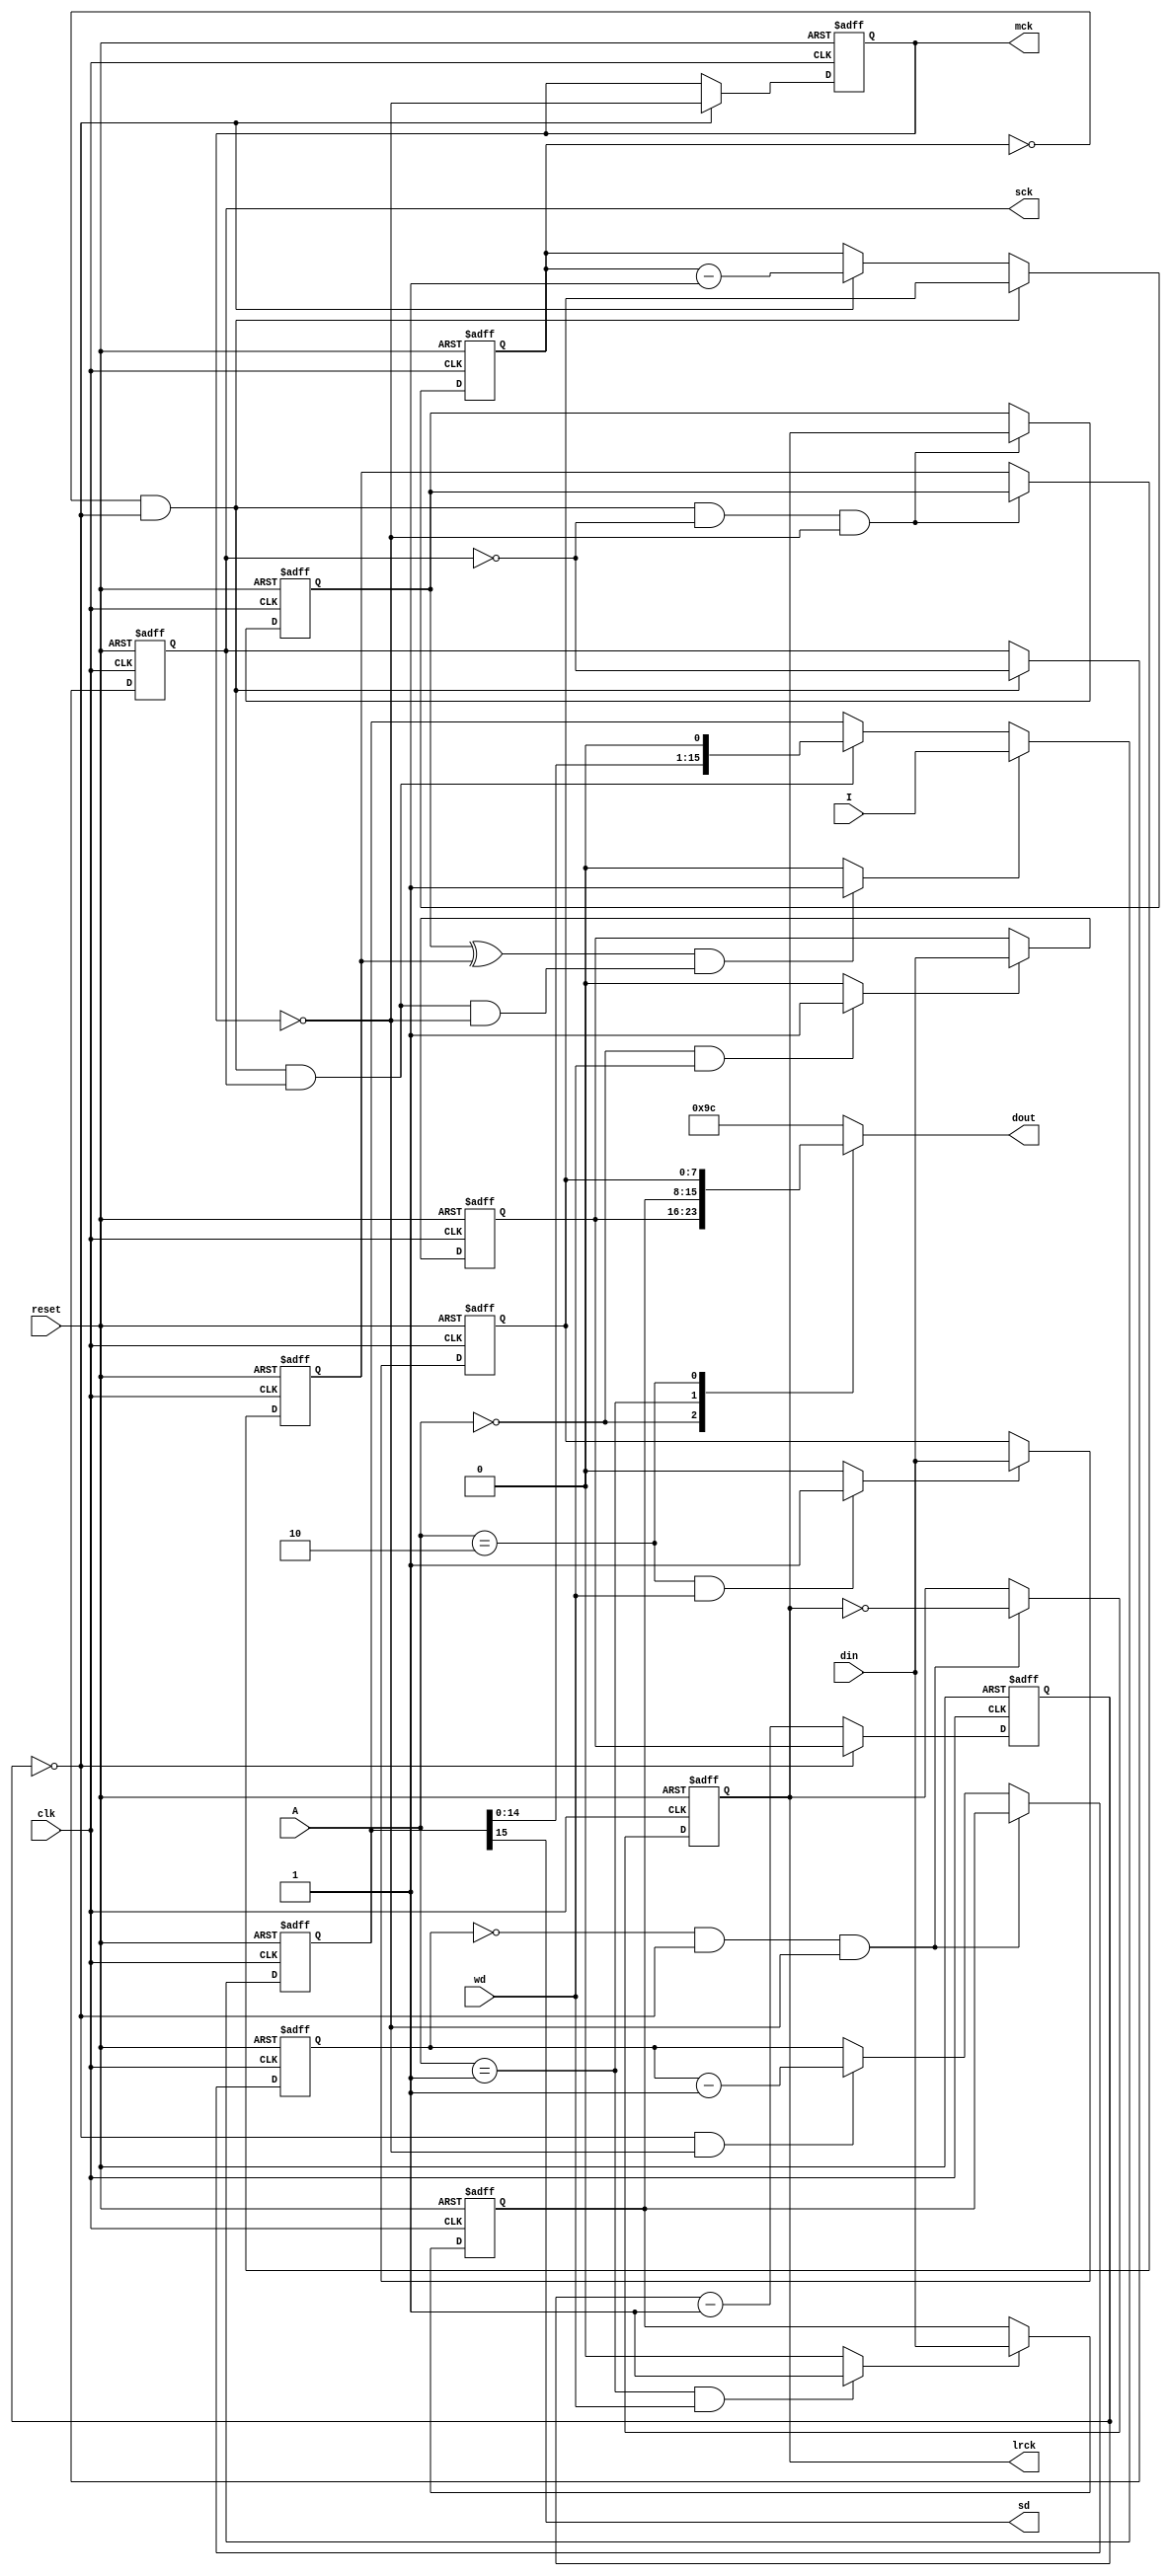
`timescale 1ns / 1ps
//////////////////////////////////////////////////////////////////////////////////
// Company: 
// Engineer: 
// 
// Design Name: 
// Module Name:    I2S 
// Project Name: 
// Target Devices: 
// Tool versions: 
// Description: 
// I2S interface
// For interfacing up to I2S devices such as delta sigma converters
// Created by Jim Patchell for his FPGA based digital synthesizer
// Copyright (c) 2008 by James Patchell
// This code may be freely used as long as this notice remains in the file.
//
// Dependencies: 
//
// Revision: 
// Revision 0.01 - File Created
// Additional Comments: 
//
//////////////////////////////////////////////////////////////////////////////////
module I2Sb(clk, reset, din, dout, wd, A, mck, sck, lrck, sd, I);
    input clk;					//system clock
    input reset;				//system reset
    input [7:0] din;			//data in from AVR
    output [7:0] dout;		//data out to AVR
	 input wd;					//write strobe from AVR
	 input [1:0] A;			//register select from AVR
    output mck;				//master I2S clock
    output sck;				//I2S Serial Clock
    output lrck;				//left-right clock
    output sd;					//serial data
    input [15:0] I;			//data input

/****************************************************************
* for the time being, this is going to be mono-we send the same
* data out for both left and write channels
****************************************************************/

	reg mck;
	reg sck;
	reg lrck;
	wire sd;
	
	reg [7:0] dout;
	reg [15:0] shifter;
	reg [7:0] mckDiv,mckDivCntr;
	reg [7:0] sckDiv,sckDivCntr;
	reg [7:0] lrDiv,lrDivCntr;
	reg wdmckDiv,wdsckDiv,wdlrDiv;
	reg fd1,fd2,ldSR;
	
	parameter ADR_MCLKDIV			=	2'b00;
	parameter ADR_LRDIV				=	2'b01;
	parameter ADR_SCKDIV				=	2'b10;
	
	//-----------------------------------------------------
	// Master Clock Divider
	//-----------------------------------------------------
	
	always @ (A or wd)
		if((A == ADR_MCLKDIV) && wd)
			wdmckDiv = 1;
		else
			wdmckDiv = 0;
			
	always @ (posedge clk or posedge reset)
		if(reset)
			//mckDiv <= 0;		//master reset
			mckDiv <= 8'd4;
		else if (wdmckDiv)
			mckDiv <= din;		//write data into register
			
	always @(posedge clk or posedge reset)
		if(reset)
			mckDivCntr <= 0;
		else if (mckDivCntr == 0)
			mckDivCntr <= mckDiv;	//reload divider
		else
			mckDivCntr <= mckDivCntr - 1;	//count down
			
	always @ (posedge clk or posedge reset)
		if(reset)
			mck <= 0;
		else if (mckDivCntr == 0)
			mck <= !mck;	//toggle master clock
			
	//------------------------------------------------------
	// SCK divider
	//------------------------------------------------------
	
	always @ (A or wd)
		if((A == ADR_SCKDIV) && wd)
			wdsckDiv = 1;
		else
			wdsckDiv = 0;
			
	always @ (posedge clk or posedge reset)
		if(reset)
			sckDiv <= 8'd3;
		else if (wdsckDiv)
			sckDiv <= din;
			
	always @(posedge clk or posedge reset)
		if(reset)
			sckDivCntr <= 0;
		else if ((sckDivCntr == 0) && (mckDivCntr == 0))
			sckDivCntr <= sckDiv;
		else if (mckDivCntr == 0)
			sckDivCntr <= sckDivCntr - 1;
			
	always @ (posedge clk or posedge reset)
		if(reset)
			sck <= 0;
		else if ((sckDivCntr == 0) && (mckDivCntr == 0))
			sck <= !sck;		//toggle serial bit
			
	//----------------------------------------------------------
	// LR clock divider
	//----------------------------------------------------------
	
	always @ (A or wd)
		if(( A == ADR_LRDIV) && wd)
			wdlrDiv = 1;
		else
			wdlrDiv = 0;
			
	always @ (posedge clk or posedge reset)
		if(reset)
			lrDiv <= 8'd255;
		else if (wdlrDiv)
			lrDiv <= din;
			
	always @ (posedge clk or posedge reset)
		if(reset)
			lrDivCntr <= 0;
		else if ((lrDivCntr == 0)  && (mckDivCntr == 0) && !mck)
			lrDivCntr <= lrDiv;
		else if ((mckDivCntr == 0) && !mck)
			lrDivCntr <= lrDivCntr - 1;
	
	always @ (posedge clk or posedge reset)
		if(reset)
			lrck <= 0;
		else if ((lrDivCntr == 0)  && (mckDivCntr == 0) && !mck)
			lrck <= !lrck;

	//------------------------------------------------------
	// Shift register
	//------------------------------------------------------
	always @ (posedge clk or posedge reset)
		if(reset)
			shifter <= 0;
		else if (ldSR)
			shifter <= I;
		else if ((sckDivCntr == 0) && (mckDivCntr == 0) && sck)
			shifter <= {shifter[14:0],1'b0};

		assign sd = shifter[15];
			
	//------------------------------------------------------
	// Data frame detect
	//------------------------------------------------------
		
	always @ (posedge clk or posedge reset) begin
		if(reset) begin
			fd1 <= 0;
			fd2 <= 0;
		end
		else begin
			if((sckDivCntr == 0) && (mckDivCntr == 0) && !sck && !mck) begin
				fd1 <= lrck;
				fd2 <= fd1;
			end
		end
	end
		
	always @(fd1 or fd2 or sckDivCntr or mckDivCntr)
		if( (fd1 ^ fd2) & ((sckDivCntr == 0) && (mckDivCntr == 0) && sck && !mck) )
			ldSR = 1;
		else
			ldSR = 0;

	//-------------------------------------------------------
	// data output
	//-------------------------------------------------------
	
	always @ (A or mckDiv or sckDiv or lrDiv)
		case(A)
			ADR_MCLKDIV:dout = mckDiv;
			ADR_LRDIV:dout = lrDiv;	
			ADR_SCKDIV:dout = sckDiv;
			default: dout = 8'h9c;
		endcase
		
endmodule